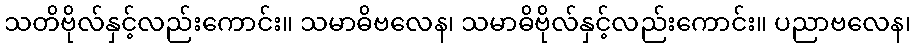
သတိဗိုလ်နှင့်လည်းကောင်း။ သမာဓိဗလေန၊ သမာဓိဗိုလ်နှင့်လည်းကောင်း။ ပညာဗလေန၊